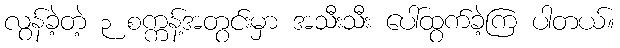
လွန်ခဲ့တဲ့ ၃ စက္ကန့်အတွင်းမှာ အသီးသီး ပေါ်ထွက်ခဲ့ကြ ပါတယ်။